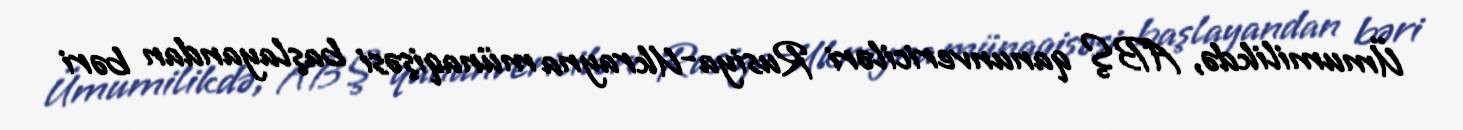
Ümumilikdə, ABŞ qanunvericiləri Rusiya-Ukrayna münaqişəsi başlayandan bəri